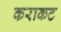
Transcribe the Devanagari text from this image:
कराकट